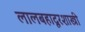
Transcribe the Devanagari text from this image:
लालबहादूरशास्त्री